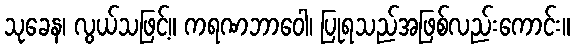
သုခေန၊ လွယ်သဖြင့်။ ကရဏဘာဝေါ၊ ပြုရသည်အဖြစ်လည်းကောင်း။